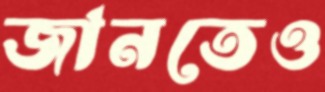
জানতেও